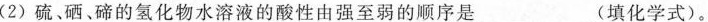
(2)硫、硒、碲的氢化物水溶液的酸性由强至弱的顺序是____(填化学式)。